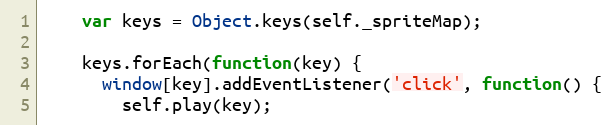
Language: JavaScript
    var keys = Object.keys(self._spriteMap);

    keys.forEach(function(key) {
      window[key].addEventListener('click', function() {
        self.play(key);